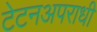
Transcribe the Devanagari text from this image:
टेटनअपराधी